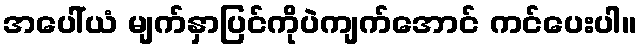
အပေါ်ယံ မျက်နှာပြင်ကိုပဲကျက်အောင် ကင်ပေးပါ။